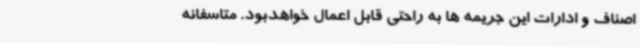
اصناف و ادارات این جریمه ها به راحتی قابل اعمال خواهدبود. متاسفانه